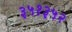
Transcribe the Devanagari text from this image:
३५१३५२